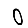
Digit: 0